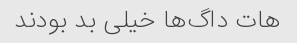
هات داگ‌ها خیلی بد بودند